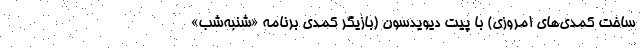
ساخت کمدی‌های امروزی) با پیت دیویدسون (بازیگر کمدی برنامه «شنبه‌شب»